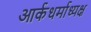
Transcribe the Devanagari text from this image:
आर्कधर्माध्यक्ष